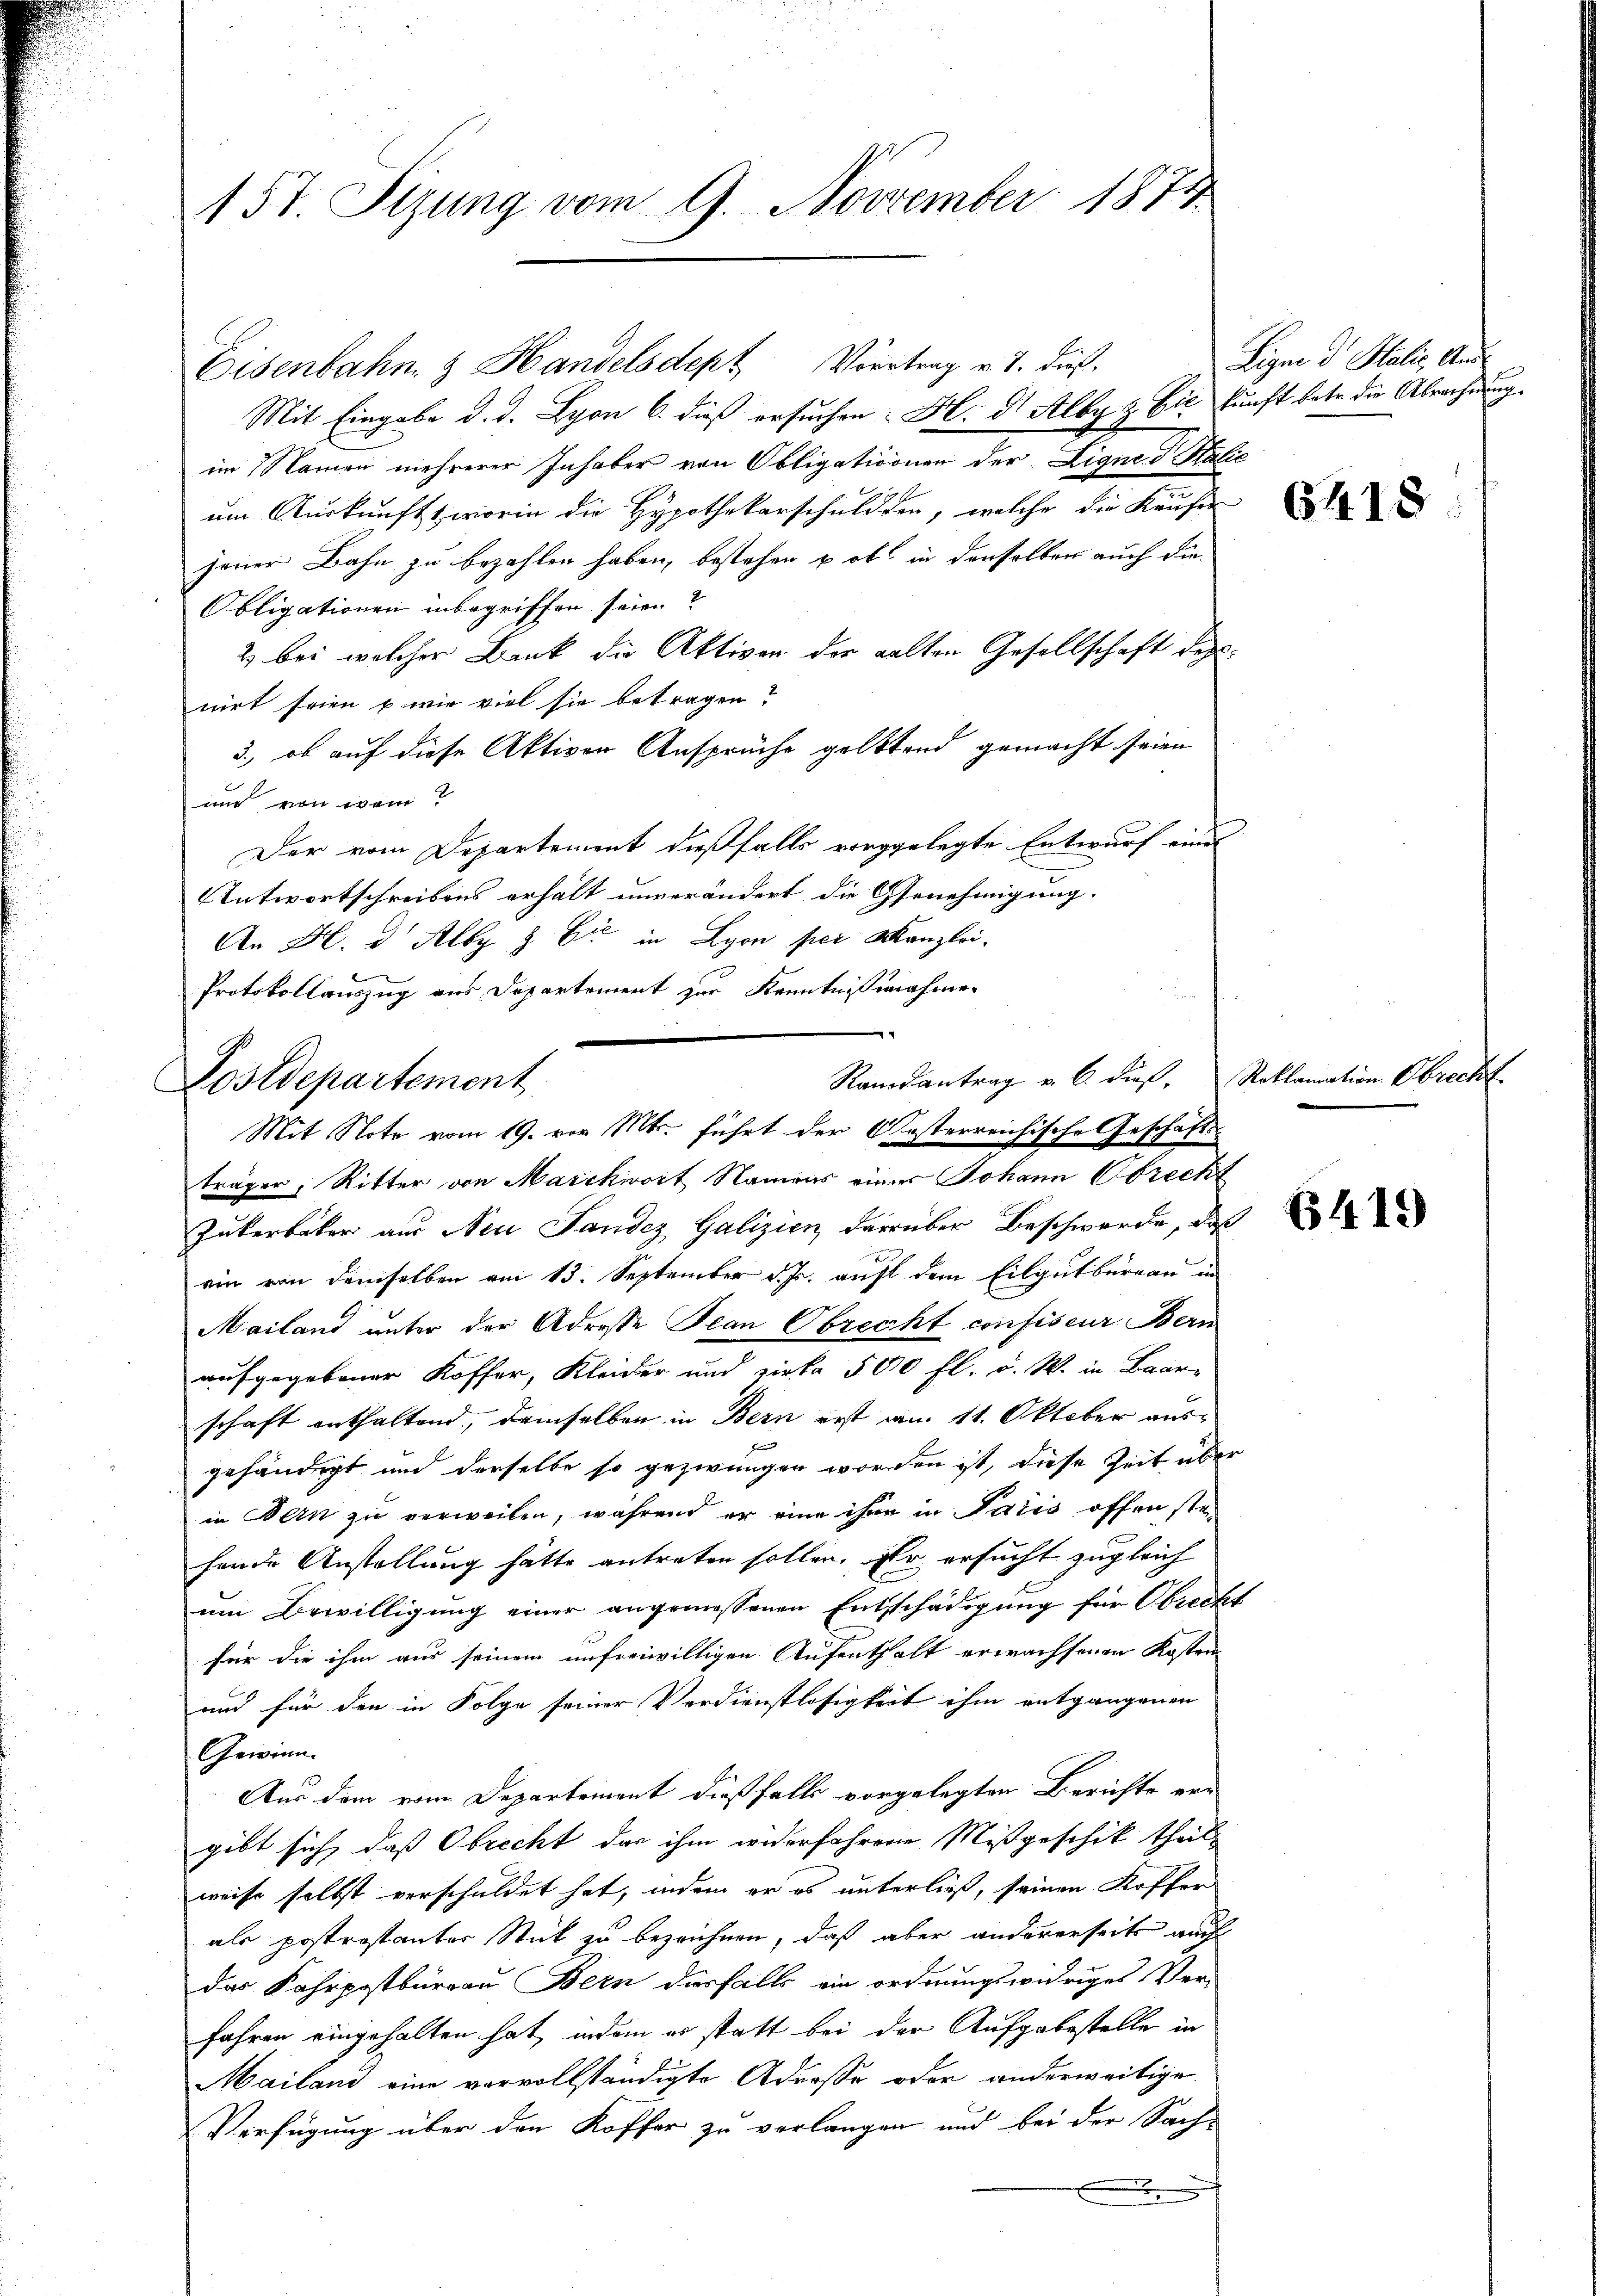
157. Sizung vom 9. November 1874

Mit Eingabe d. d. Lyon 6. dieß ersuchen H. d. Alby & Cie kunft betr. die Abrechnung.
im Namen mehrerer Inhaber von Obligationnen der Eigne datie
um Auskunft worin die Hypothekarschulden, welche die Käufer
jener Bahn zu bezahlen haben, bestehen u ob in denselben auch die
Obligationen inbegriffen seien?
2 bei welcher Bank die Aktiven der galten Gesellschaft des
nirt seien u wie viel sie betragen?
3., ob auf diese Aktiven Ansprüche gelttend gemacht seien
un von dem
Der vom Departement dießfalls vorgelegte Entwurf ein
Antwortschreibens erhält unverändert die Genehmigung.
An H. d. Alby & Cie in Lyon per Kanzlei-
Protokollauszug aus Departement zur Kenntnißnahmen
Mit Note vom 19. vor Mt. führt der Kosterreichische Geschäfts-
träger, Ritter von Marckwort Namens einer Johann Obrecht
Zukerbäter aus Neue Sandez Galizien darüber Beschwerde, daß
ein von demselben am 13. September d. Js. auf dem Eilgutbergau in
Mailand unter der Adresse Plan Obrecht confiseur Bern
aufgegebener Koffer, Kleider und zirka 500 fl. v. W. in Baarschaft enthaltend, demselben in Bern erst am 11. Oktober aus
f
gehändigt und derselbe so gezwungen worden ist, diese Zeit über
in Bern zu verweilen, während er eine ihre in Pacis offen stei
hende Anstellung hätte antreten sollen. Er ersucht zugleich
um Bewilligung einer angemessenen Entschädigung für Obrecht
für die ihm aus seinem unfreiwilligen Aufenthalt erwachsenen Kosten
und für den in Folge seiner Verdienstlosigkeit ihm entgangenen
Gewinn
Aus dem vom Departement dießfalls vorgelegten Berichte err
gibt sich, daß Obrecht der ihm widerfahrene Mißgeschik theilweise selbst verschuldet hat, indem er es unterließ, seinen Koffer
als postrostanter Stück zu bezeichnen, daß aber andererseits auch
das Fahrpostburgau Bern diesfalls ein ordnungswidriges Ver-
fahren eingehalten hat, indem es statt bei der Aufgabestelle in
Mailand eine vervollständigte Adresse oder anderweitige
Verfügung über den Koffer zu verlangen und bei der Sache
e

Eisenbahn & Handelsdept Vortrag v. J. dieß,

Randantrag v. 6. dieß, Reklamation Obrecht.
Postdepartement.

Ligne d Stilis Auss

6418

6419